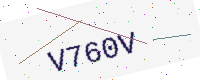
Text: V760V